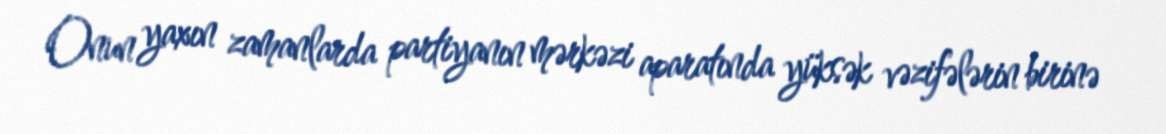
Onun yaxın zamanlarda partiyanın mərkəzi aparatında yüksək vəzifələrin birinə